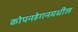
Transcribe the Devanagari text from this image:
कोपनहेगनमधील